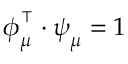
\boldsymbol { \phi } _ { \mu } ^ { \intercal } \cdot \boldsymbol { \psi } _ { \mu } = 1